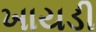
ખાયડી